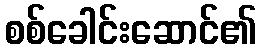
စစ်ခေါင်းဆောင်၏